Annual report of the Bengal Veterinary College and of the Civil Veterinary Department, Bengal, for the year 1908-1909 - 1908-1909
Year: 1908
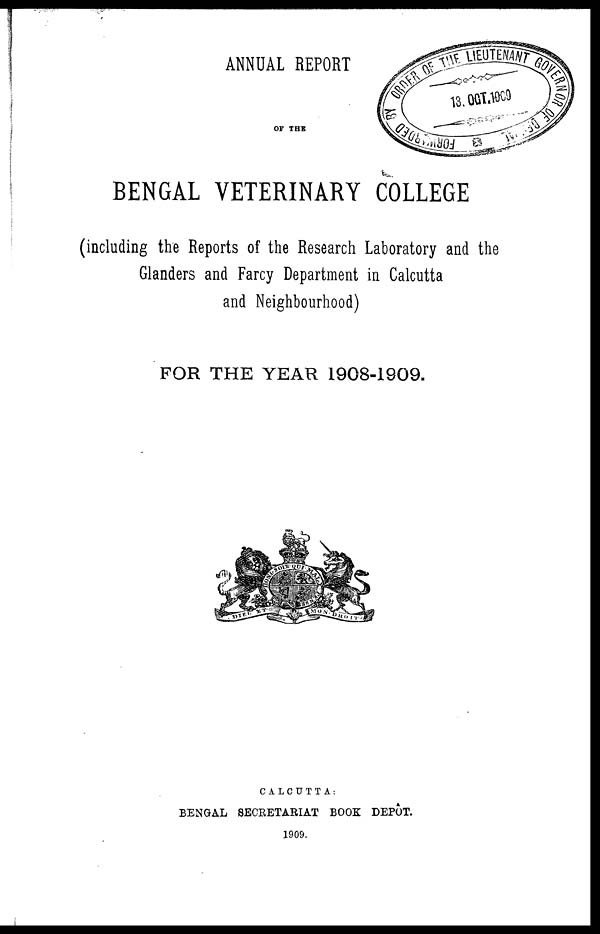
ANNUAL REPORT
OF THE
BENGAL VETERINARY COLLEGE
(including the Reports of the Research Laboratory and the
Glanders and Farcy Department in Calcutta
and Neighbourhood)
FOR THE YEAR 1908-1909.
CALCUTTA:
BENGAL SECRETARIAT BOOK DEPÔT.
1909.